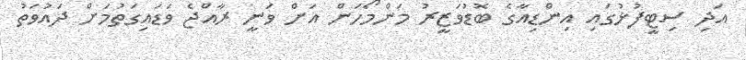
އަދި ސިޓީފުޅުގައި އިންޑިއާގެ ބޮޑުވަޒީރު މަންމޯހަން އަށް ވަނީ ރާއްޖެ ވަޑައިގަތުމަށް ދައުވަތު